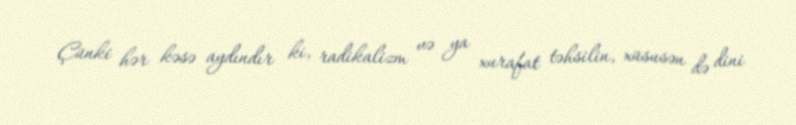
Çünki hər kəsə aydındır ki, radikalizm və ya xurafat təhsilin, xüsusən də dini